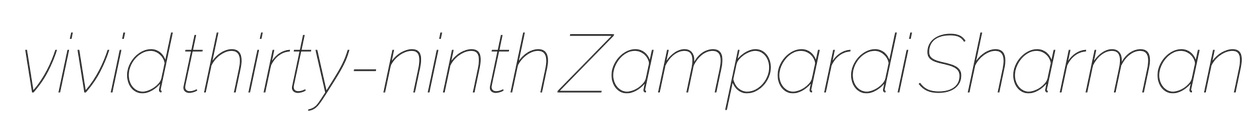
vivid thirty-ninth Zampardi Sharman